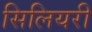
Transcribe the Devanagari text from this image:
सिलियरी